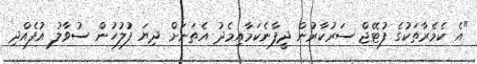
"އެ ކެމެރާތަކުގެ ފުޓޭޖް ސަރުކާރުން ދީފާނެކަމާއިމެދު އެތަނަށް ދިޔަ ފުލުހުން ސުވާލު އުފެއްދި